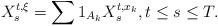
LaTeX: \begin{align*} X^{t,\xi}_s=\sum 1_{A_k}X_s^{t,x_k},t\leq s\leq T.\end{align*}